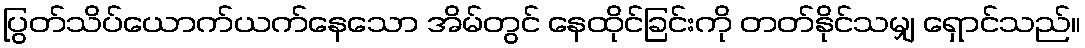
ပြွတ်သိပ်ယောက်ယက်နေသော အိမ်တွင် နေထိုင်ခြင်းကို တတ်နိုင်သမျှ ရှောင်သည်။